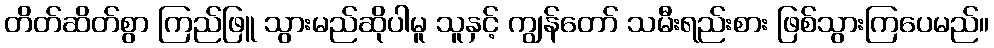
တိတ်ဆိတ်စွာ ကြည်ဖြူ သွားမည်ဆိုပါမူ သူနှင့် ကျွန်တော် သမီးရည်းစား ဖြစ်သွားကြပေမည်။